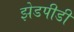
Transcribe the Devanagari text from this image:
झेडपीडी